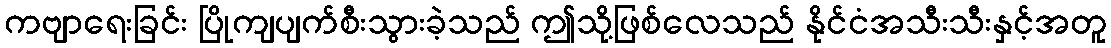
ကဗျာရေးခြင်း ပြိုကျပျက်စီးသွားခဲ့သည် ဤသို့ဖြစ်လေသည် နိုင်ငံအသီးသီးနှင့်အတူ